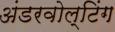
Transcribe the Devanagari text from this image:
अंडरवोल्टिंग